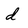
Character: d